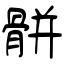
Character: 骿